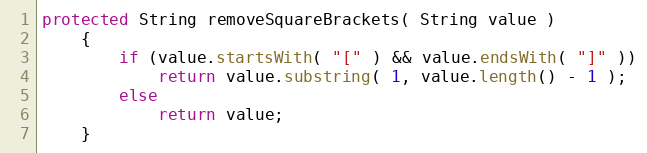
Language: Java
protected String removeSquareBrackets( String value )
    {
        if (value.startsWith( "[" ) && value.endsWith( "]" ))
            return value.substring( 1, value.length() - 1 );
        else
            return value;
    }